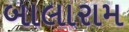
બાલારામ